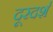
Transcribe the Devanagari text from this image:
दूरदर्श